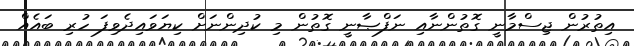
އިތުރުން ޖިސްމާނީ ގޮތުންނާއި ނަފްޞާނީ ގޮތުން މި ކުދިންނަށް ކިޔަވައިދެވިފަ ހުރި ބައެއް